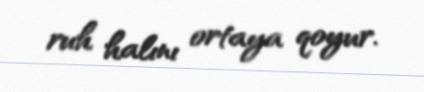
ruh halını ortaya qoyur.